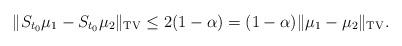
LaTeX: \begin{align*} \| S_{t_0} \mu_1 - S_{t_0} \mu_2 \|_{\mathrm{TV}} \leq 2(1-\alpha) = (1-\alpha) \|\mu_1 - \mu_2\|_{\mathrm{TV}}. \end{align*}